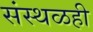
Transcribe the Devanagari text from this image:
संस्थळही